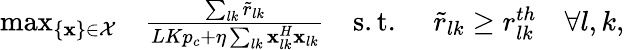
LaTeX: \begin{array}{rlrlr}{\operatorname*{max}_{\{ \mathbf{x}\} \in\mathcal{X}}}&{\frac{\sum_{lk}\tilde{r}_{lk}}{LKp_{c}+\eta\sum_{lk}\mathbf{x}_{lk}^{H}\mathbf{x}_{lk}}}&{\mathrm{s.t.}\, \, }&{\tilde{r}_{lk}\geq r_{lk}^{th}}&{\forall l,k,}\end{array}